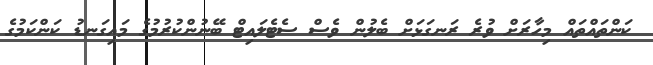
ކަންތައްތައް މިހާރަށް ވުރެ ރަނގަޅަށް ބެލުން ވެސް ސެޓެލައިޓް ބޭނުންކުރުމުގެ މައިގަނޑު ކަންކަމުގެ